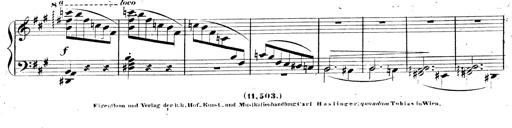
Title: 3 Caprices-Valses
Composer: Franz Liszt